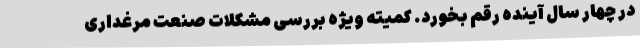
در چهار سال آینده رقم بخورد. کمیته ویژه بررسی مشکلات صنعت مرغداری